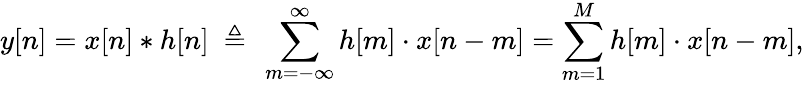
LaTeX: y[n]=x[n]*h[n]\ \triangleq\ \sum_{m=-\infty}^{\infty}h[m]\cdot x[n-m]=\sum_{m=1}^{M}h[m]\cdot x[n-m],